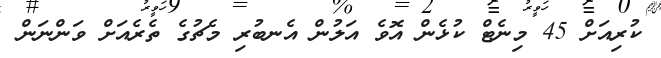
ކުރިއަށް 45 މިނެޓް ކުޅެން އޮވެ އަލުން އެނބުރި މެޗުގެ ތެރެއަށް ވަންނަން